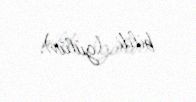
bildi (gülür).